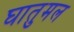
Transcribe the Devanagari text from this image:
घातुमल